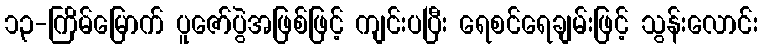
၁၃-ကြိမ်မြောက် ပူဇော်ပွဲအဖြစ်ဖြင့် ကျင်းပပြီး ရေစင်ရေချမ်းဖြင့် သွန်းလောင်း